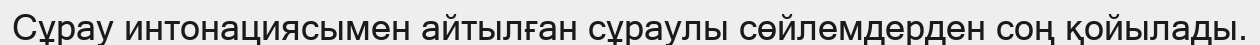
Сұрау интонациясымен айтылған сұраулы сөйлемдерден соң қойылады.